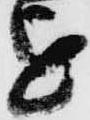
を